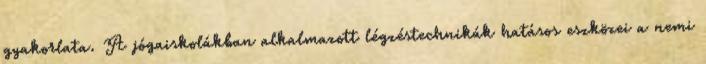
gyakorlata. A jógaiskolákban alkalmazott légzéstechnikák hatásos eszközei a nemi